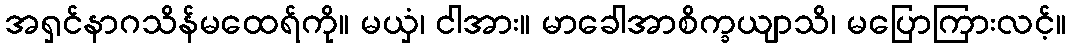
အရှင်နာဂသိန်မထေရ်ကို။ မယှံ၊ ငါအား။ မာခေါအာစိက္ခယျာသိ၊ မပြောကြားလင့်။